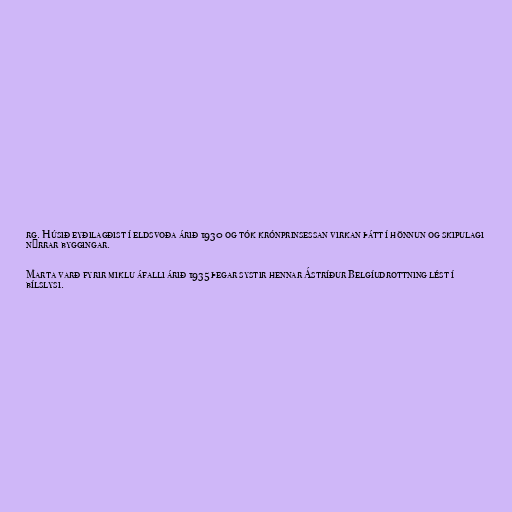
rg. Húsið eyðilagðist í eldsvoða árið 1930 og tók krónprinsessan virkan þátt í hönnun og skipulagi
nýrrar byggingar.

Marta varð fyrir miklu áfalli árið 1935 þegar systir hennar Ástríður Belgíudrottning lést í
bílslysi.